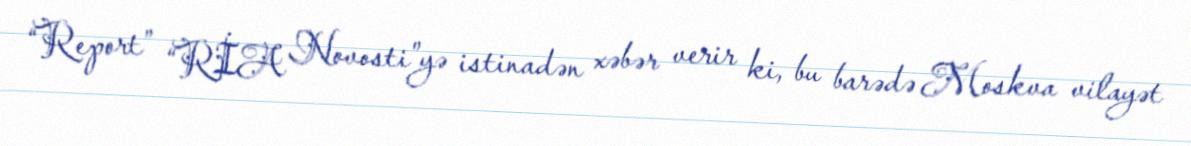
“Report” “RİA Novosti”yə istinadən xəbər verir ki, bu barədə Moskva vilayət